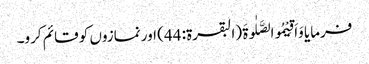
فرمایا وَاَقِیْمُوالصَّلٰوۃَ (البقرۃ: 44) اور نمازوں کو قائم کرو۔